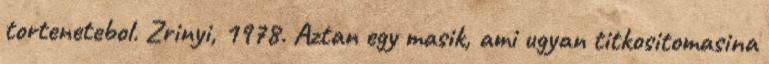
tortenetebol. Zrinyi, 1978. Aztan egy masik, ami ugyan titkositomasina